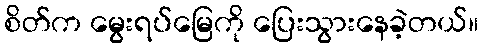
စိတ်က မွေးရပ်မြေကို ပြေးသွားနေခဲ့တယ်။